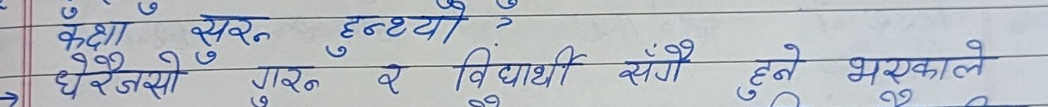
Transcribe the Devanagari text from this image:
कक्षा सुरु हुन्थ्यो ?
धेरैजसो गरु र विद्यार्थी सँगै हुने भएकाले